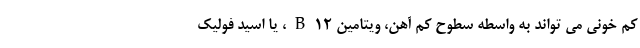
کم خونی می تواند به واسطه سطوح کم آهن، ویتامین B12، یا اسید فولیک